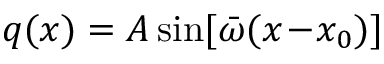
q ( x ) = A \sin [ { \bar { \omega } } ( x \! - \! x _ { 0 } ) ]